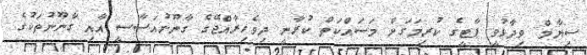
ސިޔާމް ވިދާޅުވީ ޕާޓީގެ ކުރިމަގަށް މަސައްކަތް ކުރާނީ ދިވެހިރާއްޖޭގެ ގާނޫނުއަސާސީ އާއި ގާނޫނުތަކުގެ